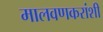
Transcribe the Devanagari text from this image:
मालवणकरांशी